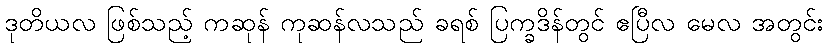
ဒုတိယလ ဖြစ်သည့် ကဆုန် ကုဆန်လသည် ခရစ် ပြက္ခဒိန်တွင် ဧပြီလ မေလ အတွင်း